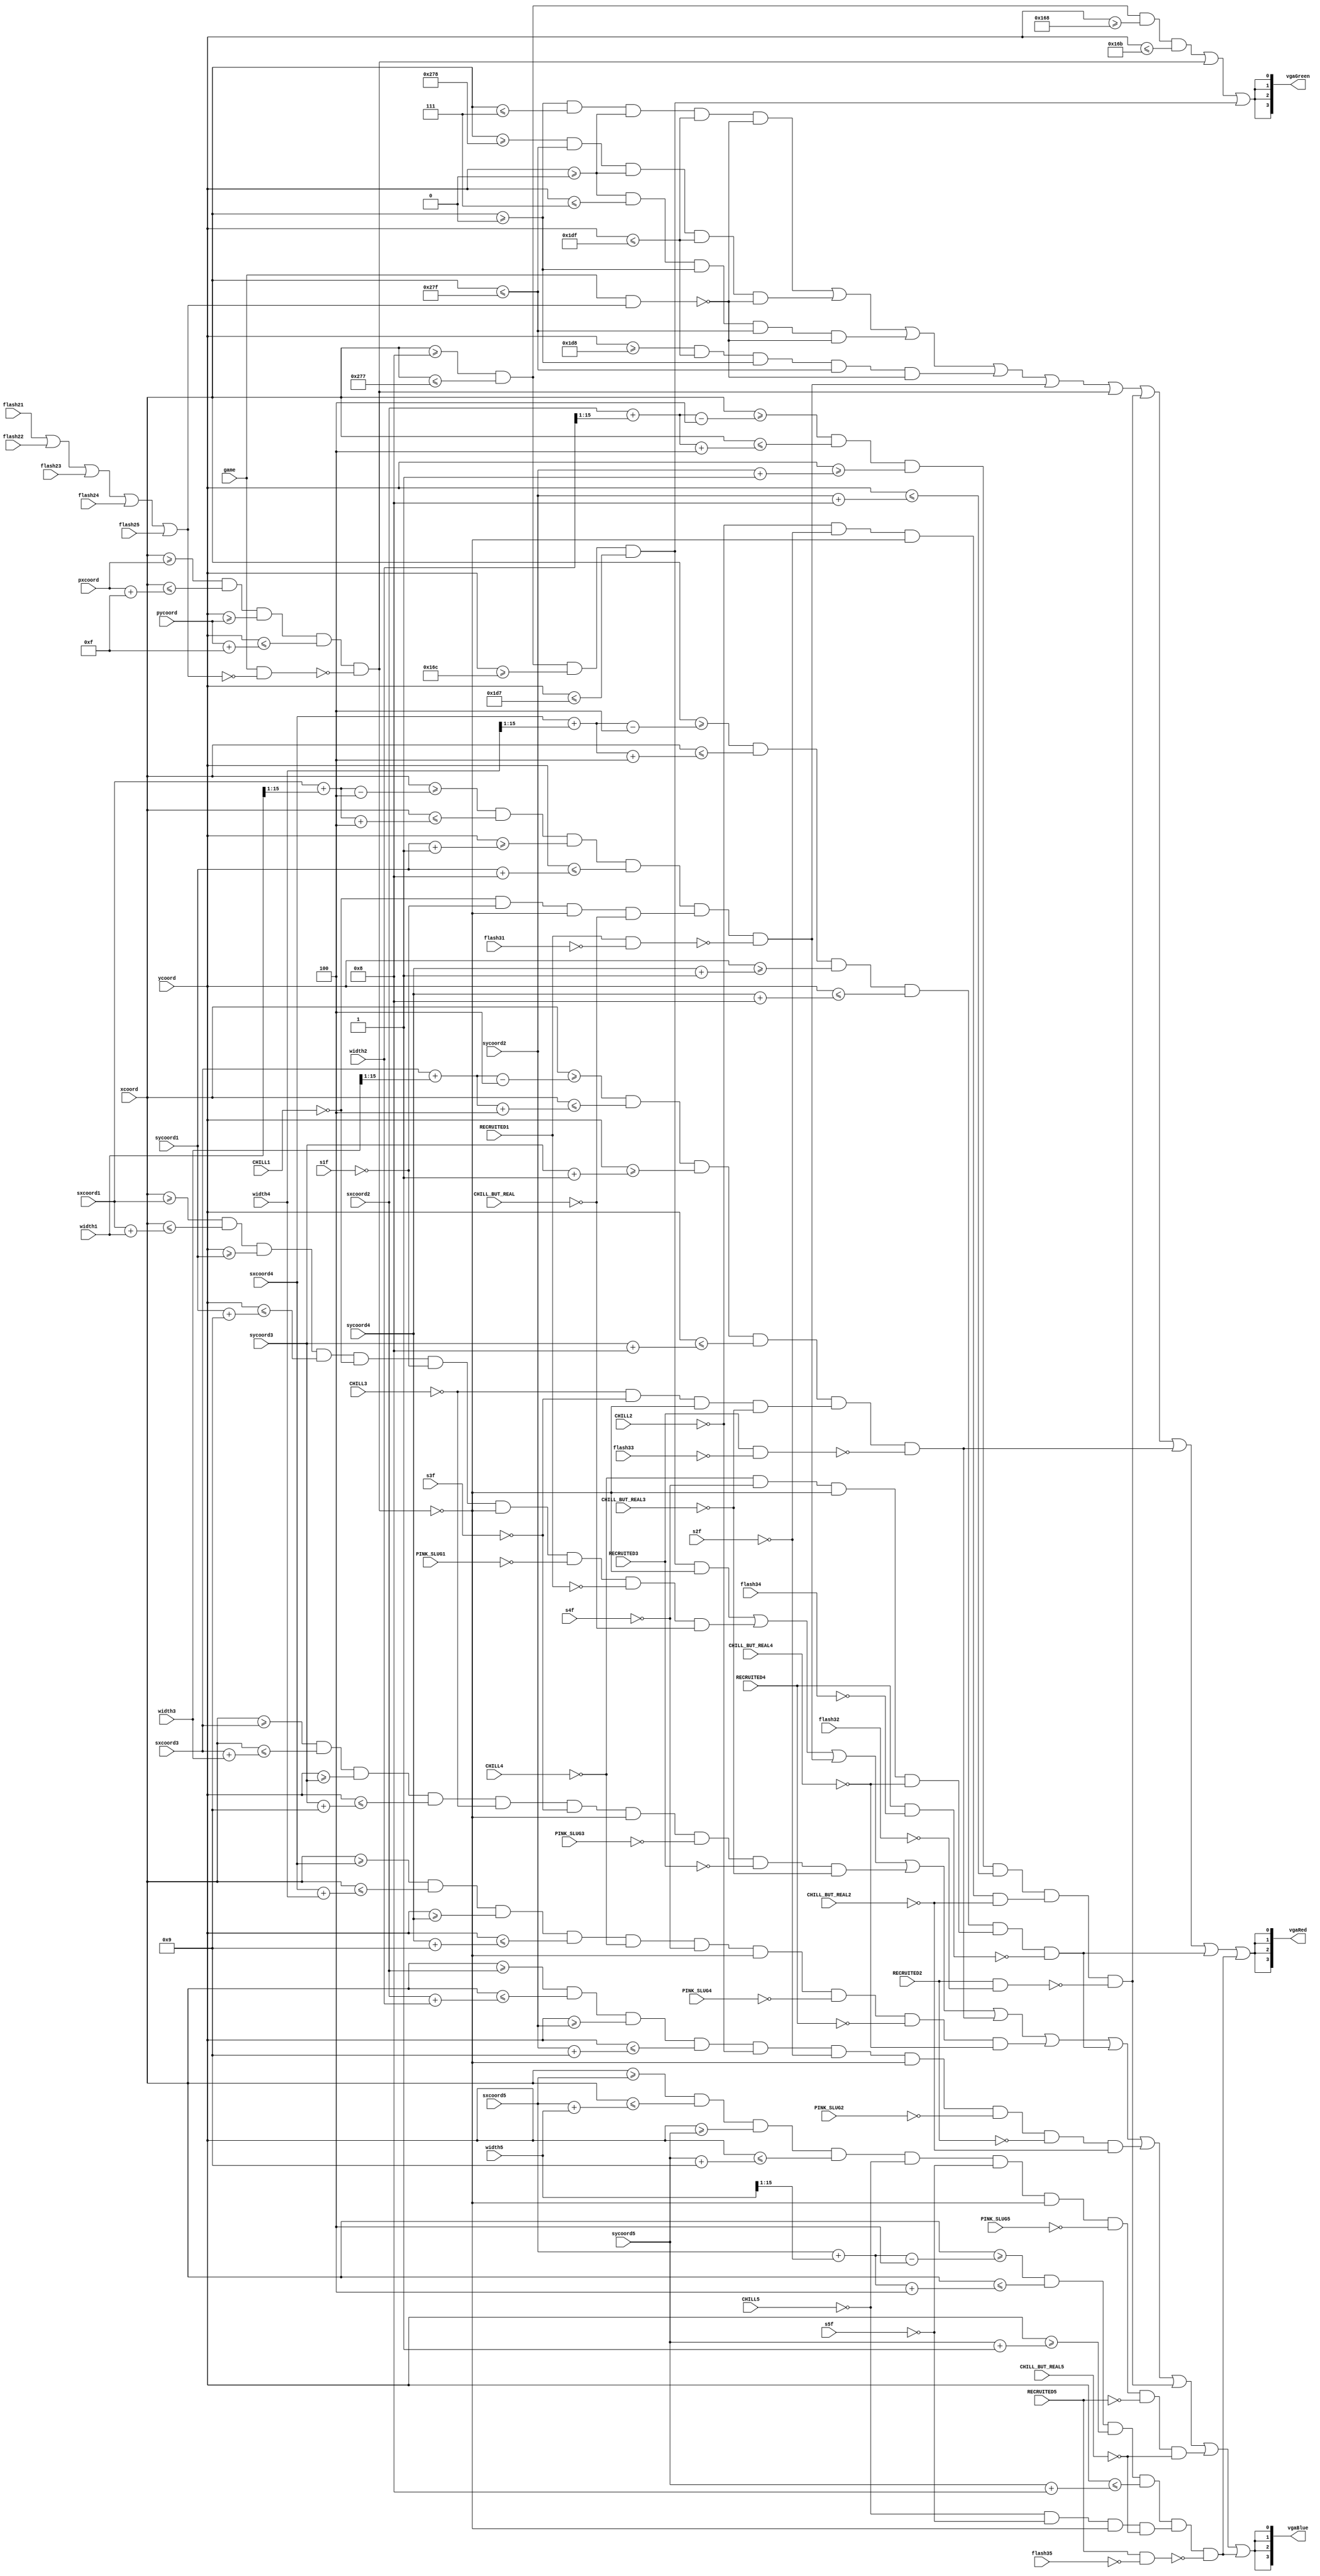
`timescale 1ns / 1ps
//////////////////////////////////////////////////////////////////////////////////
// Company: 
// Engineer: 
// 
// Design Name: 
// Module Name: VGA
// Project Name: 
// Target Devices: 
// Tool Versions: 
// Description: 
// 
// Dependencies: 
// 
// Revision:
// Revision 0.01 - File Created
// Additional Comments:
// 
//////////////////////////////////////////////////////////////////////////////////
/*  assign vgaRed = {4{(((xw >= 16'd0) & (xw <= 16'd639) & (yw >= 16'd0) & (yw <= 16'd479)))}};
	assign vgaGreen = {4{(xw >= 16'd0 & xw <= 16'd639 & yw >= 16'd0 & yw <= 16'd479)}};
	assign vgaBlue = {4{(xw >= 16'd0 & xw <= 16'd639 & yw >= 16'd0 & yw <= 16'd479)}};*/
/*	assign vgaRed = {4{(((xcoord >= 16'd0) & (xcoord <= 16'd639) & (ycoord >= 16'd0) & (ycoord <= 16'd479)))}};
	assign vgaGreen = {4{(xcoord >= 16'd0 & xcoord <= 16'd639 & ycoord >= 16'd0 & ycoord <= 16'd479)}};
	assign vgaBlue = {4{(xcoord >= 16'd0 & xcoord <= 16'd639 & ycoord >= 16'd0 & ycoord <= 16'd479)}};*/

module VGA(
    input [15:0] xcoord,
    input [15:0] ycoord,
    input [15:0] pxcoord,
    input [15:0] pycoord,
    input game,
    //
    input [15:0] sxcoord1,
    input [15:0] sycoord1,
    input [15:0] width1,
    input CHILL1,
    input RECRUITED1,
    input PINK_SLUG1,
    //input flash1,
    input flash21,
    input flash31,
    input s1f,
    //input FROZEN1,
    //input FROZEN21,
    //
    input [15:0] sxcoord2,
    input [15:0] sycoord2,
    input [15:0] width2,
    input CHILL2,
    input RECRUITED2,
    input PINK_SLUG2,
    //input flash2,
    input flash22,
    input flash32,
    input s2f,
    //input FROZEN2,
    //input FROZEN22,
    //
    input [15:0] sxcoord3,
    input [15:0] sycoord3,
    input [15:0] width3,
    input CHILL3,
    input RECRUITED3,
    input PINK_SLUG3,
    //input flash3,
    input flash23,
    input flash33,
    input s3f,
    //input FROZEN3,
    //input FROZEN23,
    //
    input [15:0] sxcoord4,
    input [15:0] sycoord4,
    input [15:0] width4,
    input CHILL4,
    input RECRUITED4,
    input PINK_SLUG4,
    //input flash4,
    input flash24,
    input flash34,
    input s4f,
    //input FROZEN4,
    //input FROZEN24,
    //
    input [15:0] sxcoord5,
    input [15:0] sycoord5,
    input [15:0] width5,
    input CHILL5,
    input RECRUITED5,
    input PINK_SLUG5,
    //input flash5,
    input flash25,
    input flash35,
    input s5f,
    //input FROZEN5,
    //input FROZEN25,
    input CHILL_BUT_REAL,
    input CHILL_BUT_REAL2,
    input CHILL_BUT_REAL3,
    input CHILL_BUT_REAL4,
    input CHILL_BUT_REAL5,
    //
    output [3:0] vgaRed,
	output [3:0] vgaBlue,
	output [3:0] vgaGreen
    );
    wire left_border, right_border, top_border, bottom_border, grass, ground;
    assign left_border = ( (xcoord >= 16'd0)&(xcoord<=16'd7)&(ycoord>=16'd0)&(ycoord<=16'd479) )&~(game&(flash21|flash22|flash23|flash24|flash25));
    assign right_border = ( (xcoord >= 16'd632)&(xcoord<=16'd639)&(ycoord>=16'd0)&(ycoord<=16'd479) )&~(game&(flash21|flash22|flash23|flash24|flash25));
    assign top_border = ( (ycoord >= 16'd0)&(ycoord<=16'd7)&(xcoord >= 16'd0)&(xcoord<=16'd639) )&~(game&(flash21|flash22|flash23|flash24|flash25));
    assign bottom_border = ( (ycoord >= 16'd472)&(ycoord<=16'd479)&(xcoord >= 16'd0)&(xcoord<=16'd639) )&~(game&(flash21|flash22|flash23|flash24|flash25));
    assign ground = ( (xcoord >= 16'd8)&(xcoord<=16'd631)&(ycoord>=16'd364)&(ycoord<=16'd471) );
    assign grass = ( (xcoord >= 16'd8)&(xcoord<=16'd631)&(ycoord>=16'd360)&(ycoord<=16'd363) );
    // 8 <-> 631-16
    // 8 \/\ 471-16
    wire player, ship1, pinkslug1, ship2, pinkslug2, ship3, pinkslug3, ship4, pinkslug4, ship5, pinkslug5;
    assign player = ( (xcoord >= pxcoord)&(xcoord<=(pxcoord+16'd15))&(ycoord >= pycoord)&(ycoord<=(pycoord+16'd15)) )&~(game&~(flash21|flash22|flash23|flash24|flash25));
    //
    assign ship1 = ((xcoord >= sxcoord1)&(xcoord<=(sxcoord1+width1))&(ycoord>=sycoord1)&(ycoord<=(sycoord1+16'd9)))&~CHILL1&~s1f&~player&~PINK_SLUG1&~RECRUITED1&~CHILL_BUT_REAL;
    assign ship2 = ((xcoord >= sxcoord2)&(xcoord<=(sxcoord2+width2))&(ycoord>=sycoord2)&(ycoord<=(sycoord2+16'd9)))&~CHILL2&~s2f&~player&~PINK_SLUG2&~RECRUITED2&~CHILL_BUT_REAL2;
    assign ship3 = ((xcoord >= sxcoord3)&(xcoord<=(sxcoord3+width3))&(ycoord>=sycoord3)&(ycoord<=(sycoord3+16'd9)))&~CHILL3&~s3f&~player&~PINK_SLUG3&~RECRUITED3&~CHILL_BUT_REAL3;
    assign ship4 = ((xcoord >= sxcoord4)&(xcoord<=(sxcoord4+width4))&(ycoord>=sycoord4)&(ycoord<=(sycoord4+16'd9)))&~CHILL4&~s4f&~player&~PINK_SLUG4&~RECRUITED4&~CHILL_BUT_REAL4;
    assign ship5 = ((xcoord >= sxcoord5)&(xcoord<=(sxcoord5+width5))&(ycoord>=sycoord5)&(ycoord<=(sycoord5+16'd9)))&~CHILL5&~s5f&~player&~PINK_SLUG5&~RECRUITED5&~CHILL_BUT_REAL5;
    //
    assign pinkslug1 = ( ((xcoord >= (sxcoord1 + {1'b0, width1[15:1]} - 16'd4))&(xcoord<=(sxcoord1 + {1'b0, width1[15:1]} + 16'd4))&(ycoord>=(sycoord1+16'd1))&(ycoord<=(sycoord1+16'd8)))&(~CHILL1&~s1f&~player&~CHILL_BUT_REAL))&~(RECRUITED1&~flash31);
    assign pinkslug2 = ( ((xcoord >= (sxcoord2 + {1'b0, width2[15:1]} - 16'd4))&(xcoord<=(sxcoord2 + {1'b0, width2[15:1]} + 16'd4))&(ycoord>=(sycoord2+16'd1))&(ycoord<=(sycoord2+16'd8)))&(~CHILL2&~s2f&~player&~CHILL_BUT_REAL2))&~(RECRUITED2&~flash32);
    assign pinkslug3 = ( ((xcoord >= (sxcoord3 + {1'b0, width3[15:1]} - 16'd4))&(xcoord<=(sxcoord3 + {1'b0, width3[15:1]} + 16'd4))&(ycoord>=(sycoord3+16'd1))&(ycoord<=(sycoord3+16'd8)))&(~CHILL3&~s3f&~player&~CHILL_BUT_REAL3))&~(RECRUITED3&~flash33);
    assign pinkslug4 = ( ((xcoord >= (sxcoord4 + {1'b0, width4[15:1]} - 16'd4))&(xcoord<=(sxcoord4 + {1'b0, width4[15:1]} + 16'd4))&(ycoord>=(sycoord4+16'd1))&(ycoord<=(sycoord4+16'd8)))&(~CHILL4&~s4f&~player&~CHILL_BUT_REAL4))&~(RECRUITED4&~flash34);
    assign pinkslug5 = ( ((xcoord >= (sxcoord5 + {1'b0, width5[15:1]} - 16'd4))&(xcoord<=(sxcoord5 + {1'b0, width5[15:1]} + 16'd4))&(ycoord>=(sycoord5+16'd1))&(ycoord<=(sycoord5+16'd8)))&(~CHILL5&~s5f&~player&~CHILL_BUT_REAL5))&~(RECRUITED5&~flash35);
    //
    //
    //
    assign vgaRed = {4{ ( left_border | right_border | top_border | bottom_border | pinkslug1 | player | pinkslug2 | pinkslug3 | pinkslug4 | pinkslug5) }};
    assign vgaGreen = {4{ (grass) | player | ground}};
    assign vgaBlue = {4{ (ground&~player) | ship1 | pinkslug1 | ship3 | pinkslug3 | ship4 | pinkslug4 | ship2 | pinkslug2 | ship5 | pinkslug5}};
endmodule